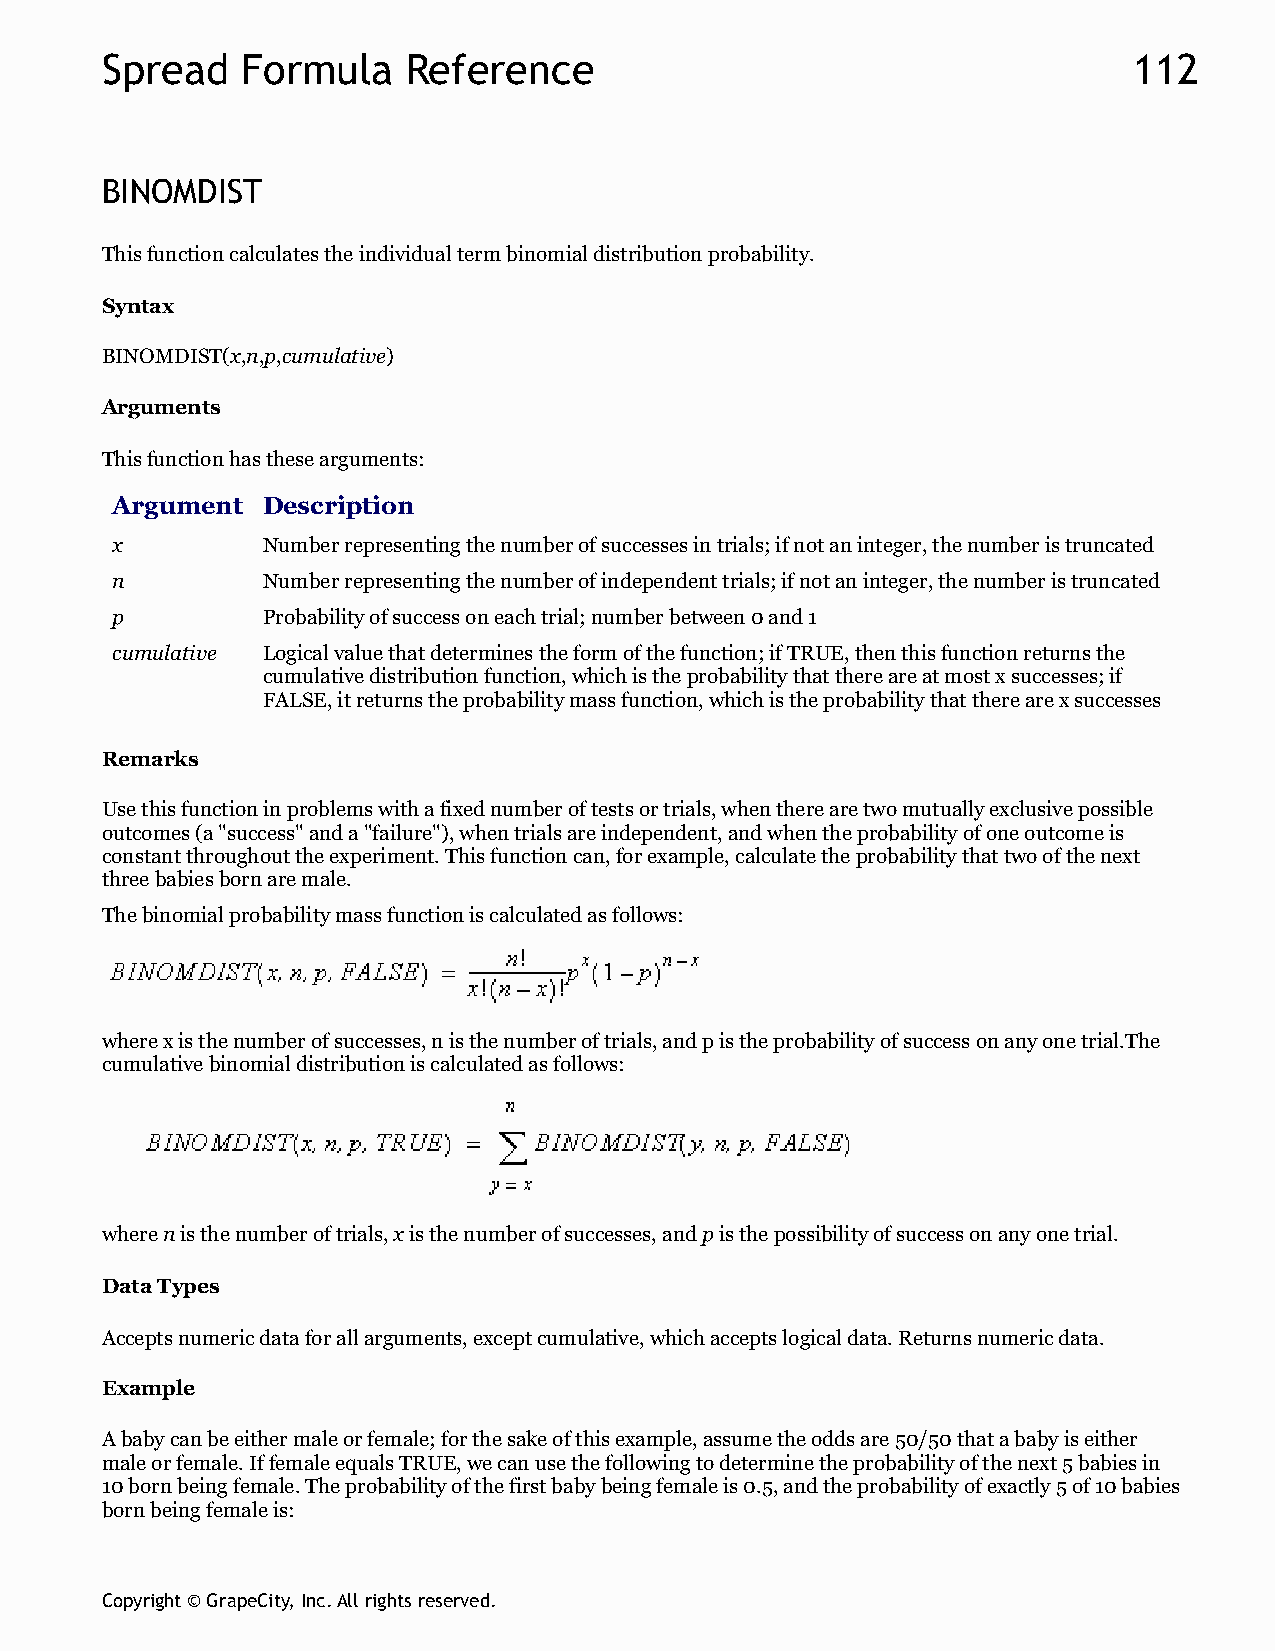
Spread   Formula    Reference                                       112
 BINOMDIST
 This function calculates the individual term binomial distribution probability.
 Syntax
 BINOMDIST(x,n,p,cumulative)
 Arguments
 This function has these arguments:
 Argument  Description
 x         Number representing the number of successes in trials; if not an integer, the number is truncated
 n         Number representing the number of independent trials; if not an integer, the number is truncated
 p         Probability of success on each trial; number between 0 and 1
 cumulative Logical value that determines the form of the function; if TRUE, then this function returns the
 cumulative distribution function, which is the probability that there are at most x successes; if
 FALSE, it returns the probability mass function, which is the probability that there are x successes
 Remarks
 Use this function in problems with a fixed number of tests or trials, when there are two mutually exclusive possible
 outcomes (a "success" and a "failure"), when trials are independent, and when the probability of one outcome is
 constant throughout the experiment. This function can, for example, calculate the probability that two of the next
 three babies born are male.
 The binomial probability mass function is calculated as follows:
 where x is the number of successes, n is the number of trials, and p is the probability of success on any one trial.The
 cumulative binomial distribution is calculated as follows:
 where n is the number of trials, x is the number of successes, and p is the possibility of success on any one trial.
 Data Types
 Accepts numeric data for all arguments, except cumulative, which accepts logical data. Returns numeric data.
 Example
 A baby can be either male or female; for the sake of this example, assume the odds are 50/50 that a baby is either
 male or female. If female equals TRUE, we can use the following to determine the probability of the next 5 babies in
 10 born being female. The probability of the first baby being female is 0.5, and the probability of exactly 5 of 10 babies
 born being female is:
 Copyright © GrapeCity, Inc. All rights reserved.